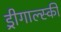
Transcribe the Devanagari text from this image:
ड्रीगाल्स्की